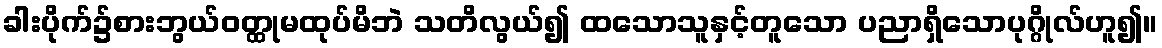
ခါးပိုက်၌စားဘွယ်ဝတ္ထုမထုပ်မိဘဲ သတိလွယ်၍ ထသောသူနှင့်တူသော ပညာရှိသောပုဂ္ဂိုလ်ဟူ၍။